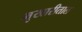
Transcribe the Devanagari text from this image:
मुखारीताल